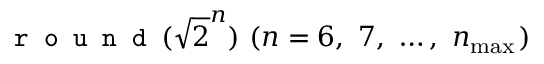
\texttt { r o u n d } ( \sqrt { 2 } ^ { n } ) \ ( n = 6 , \ 7 , \ \dots , \ n _ { \operatorname* { m a x } { } } )